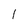
Character: l